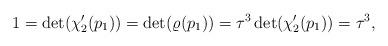
LaTeX: \begin{align*}1=\det(\chi'_2(p_1)) = \det(\varrho(p_1))=\tau^3 \det(\chi'_2(p_1))= \tau^3,\end{align*}